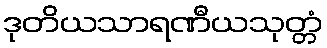
ဒုတိယသာရဏီယသုတ္တံ